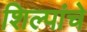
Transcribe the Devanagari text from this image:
शिल्पांचे